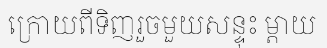
ក្រោយពីទិញរួចមួយសន្ទុះ ម្តាយ